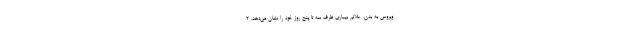
ویروس به بدن، علائم بیماری ظرف سه تا پنج روز خود را نشان می‌دهد. ۲